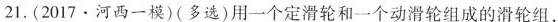
21.(2017·河西一模)(多选)用一个定滑轮和一个动滑轮组成的滑轮组，